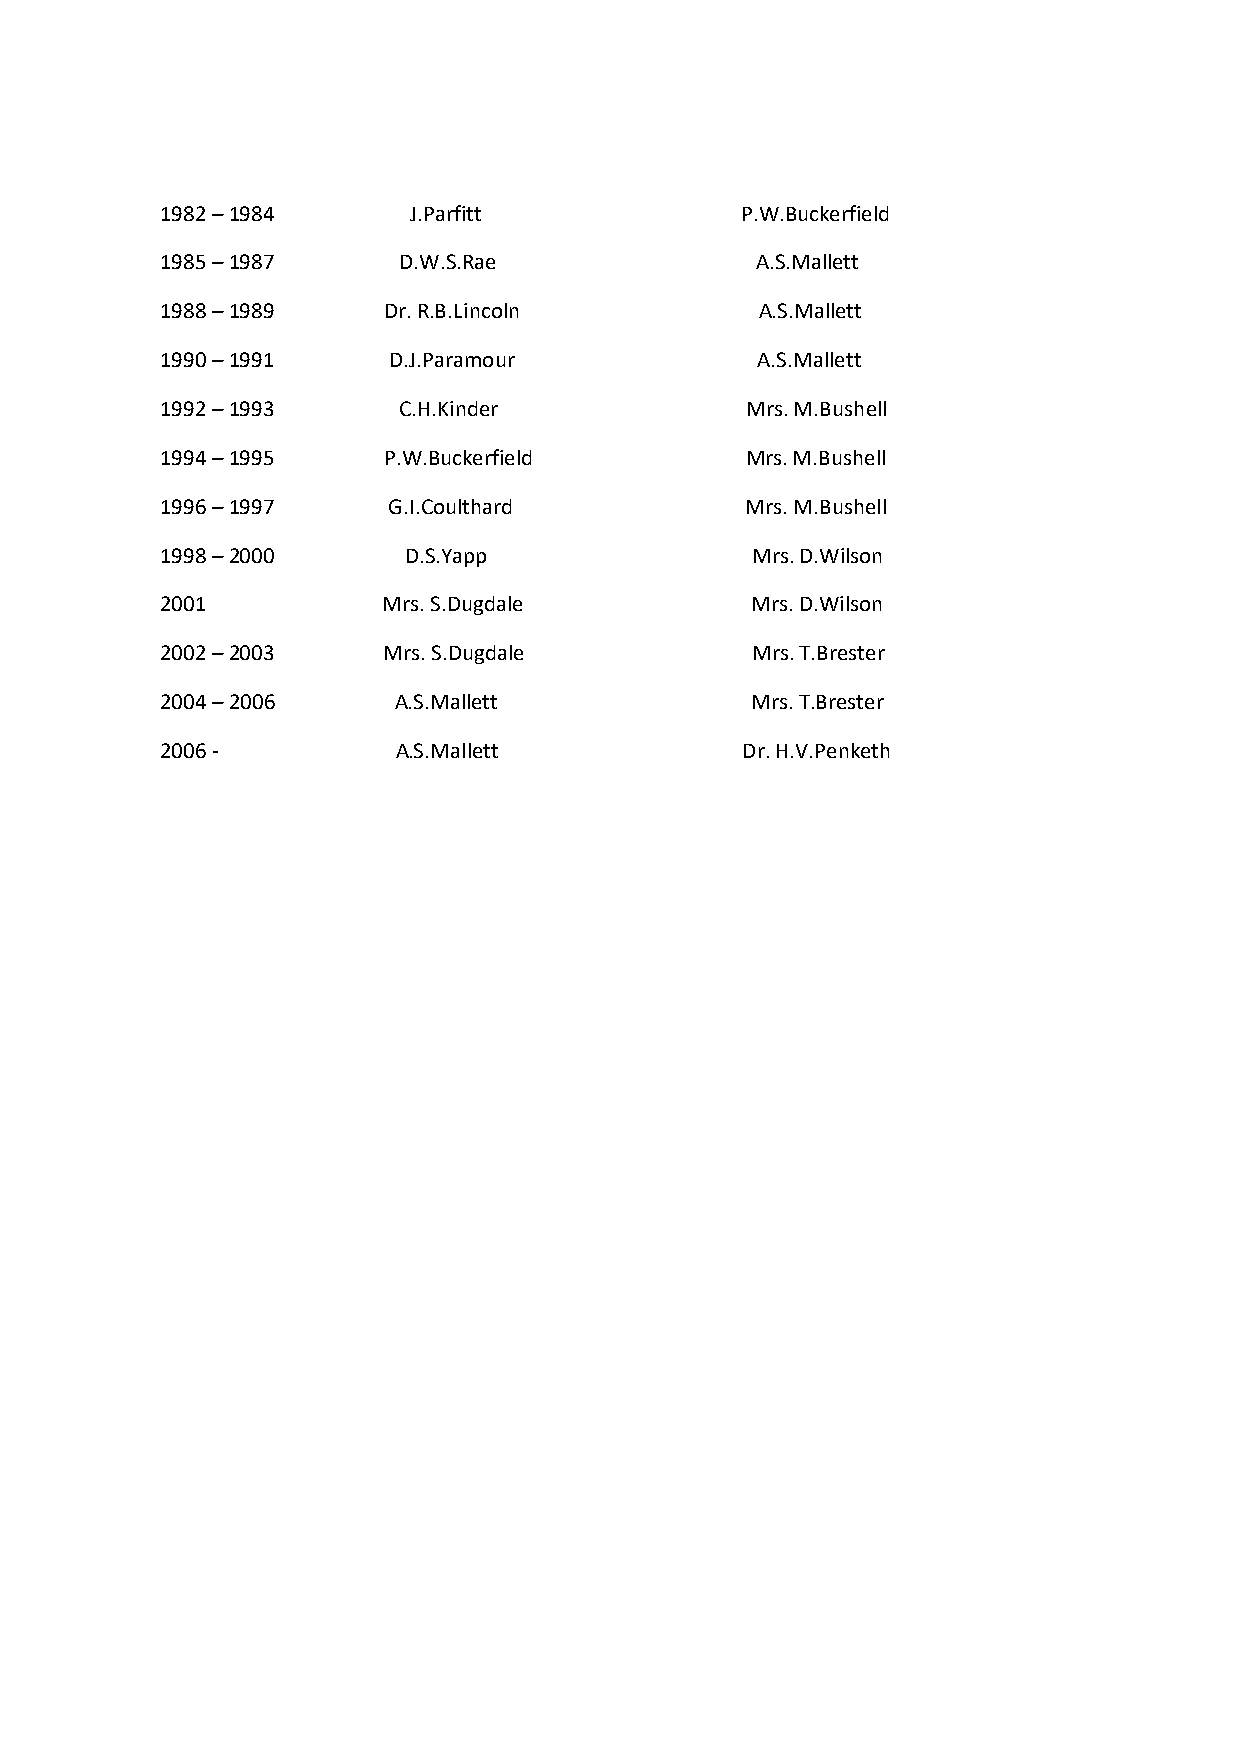
1982 – 1984     J.Parfitt             P.W.Buckerfield
 1985 – 1987    D.W.S.Rae               A.S.Mallett
 1988 – 1989   Dr. R.B.Lincoln          A.S.Mallett
 1990 – 1991    D.J.Paramour            A.S.Mallett
 1992 – 1993    C.H.Kinder             Mrs. M.Bushell
 1994 – 1995   P.W.Buckerfield         Mrs. M.Bushell
 1996 – 1997    G.I.Coulthard          Mrs. M.Bushell
 1998 – 2000     D.S.Yapp               Mrs. D.Wilson
 2001          Mrs. S.Dugdale           Mrs. D.Wilson
 2002 – 2003   Mrs. S.Dugdale           Mrs. T.Brester
 2004 – 2006    A.S.Mallett             Mrs. T.Brester
 2006 -         A.S.Mallett            Dr. H.V.Penketh